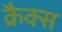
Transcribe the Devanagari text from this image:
क्रैक्‍स